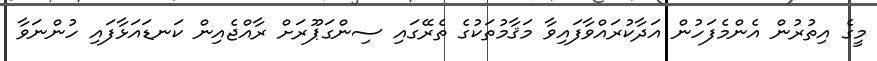
މީގެ އިތުރުން އެންމެފަހުން އަދާކުރައްވާފައިވާ މަޤާމުތަކުގެ ތެރޭގައި ސިންގަޕޫރަށް ރާއްޖެއިން ކަނޑައަޅާފައި ހުންނަވާ